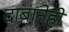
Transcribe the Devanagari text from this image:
दाबानेही